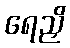
ရေညှိ